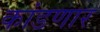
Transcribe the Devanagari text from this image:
कांडणार